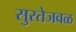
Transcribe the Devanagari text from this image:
सुरतेजवळ